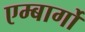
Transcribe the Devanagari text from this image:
एम्बार्गो